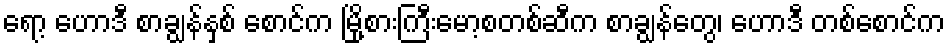
ရော့ ဟောဒီ စာချွန်နှစ် စောင်က မြို့စားကြီးမော့စတစ်ဆီက စာချွန်တွေ၊ ဟောဒီ တစ်စောင်က